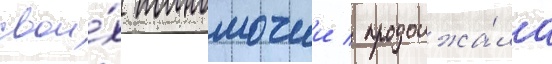
свои́х полномочии / продолжа́ла